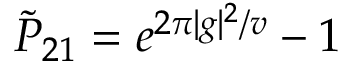
{ \tilde { P } } _ { 2 1 } = e ^ { 2 \pi | g | ^ { 2 } / v } - 1